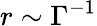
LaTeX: r\sim\Gamma^{-1}